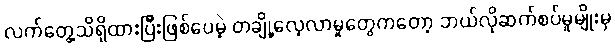
လက်တွေ့သိရှိထားပြီးဖြစ်ပေမဲ့ တချို့လေ့လာမှုတွေကတော့ ဘယ်လိုဆက်စပ်မှုမျိုးမှ